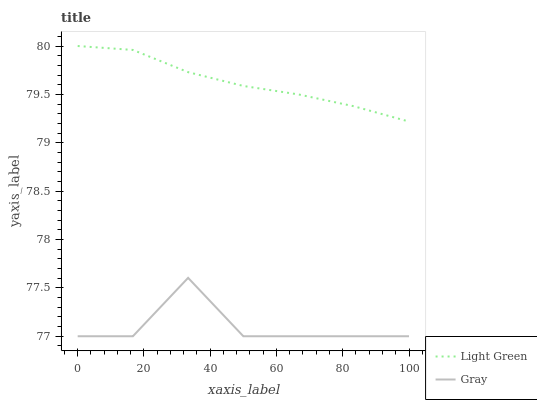
| xaxis_label | Light Green | Gray |
 | --- | --- | --- |
 | 0 | 80 | 77 |
 | 16.7 | 80 | 77 |
 | 33.3 | 79.7 | 77.6 |
 | 50 | 79.6 | 77 |
 | 66.7 | 79.5 | 77 |
 | 83.3 | 79.4 | 77 |
 | 100 | 79.2 | 77 |